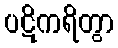
ပဋိကရိတွာ